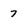
Character: 7